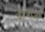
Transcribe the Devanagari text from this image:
वीरबाजी